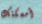
أمسكتك